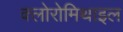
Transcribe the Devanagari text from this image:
क्लोरोमिथाइल